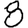
Digit: 8